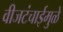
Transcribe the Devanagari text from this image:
वीजटंचाईमुळे